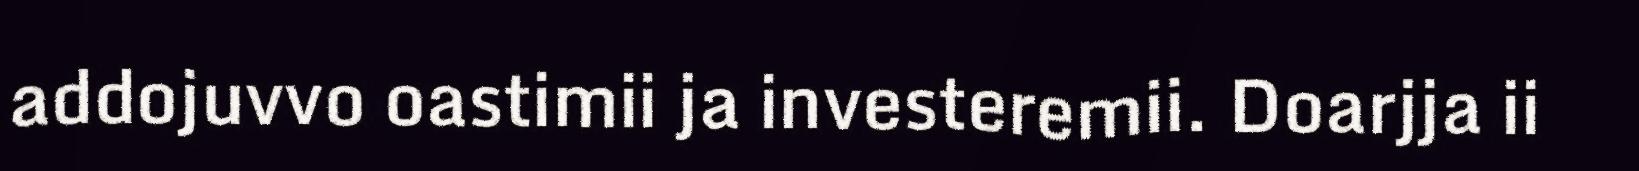
addojuvvo oastimii ja investeremii. Doarjja ii